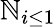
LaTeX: \mathbb{N}_{i\leq1}